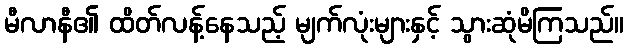
မီလာနီ၏ ထိတ်လန့်နေသည့် မျက်လုံးများနှင့် သွားဆုံမိကြသည်။